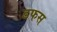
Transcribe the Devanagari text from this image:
डफस